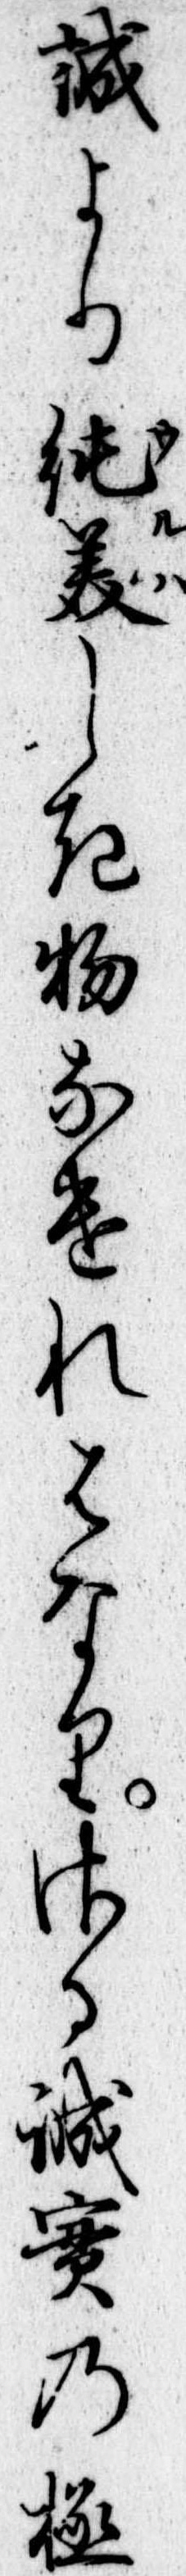
誠より純美しき物なけれはなりさる誠実の極